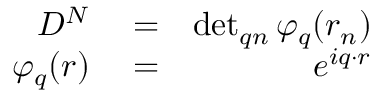
\begin{array} { r l r } { D ^ { N } } & { { } = } & { \operatorname* { d e t } _ { q n } \varphi _ { q } ( r _ { n } ) } \\ { \varphi _ { q } ( r ) } & { { } = } & { e ^ { i q \cdot r } } \end{array}